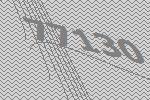
77130